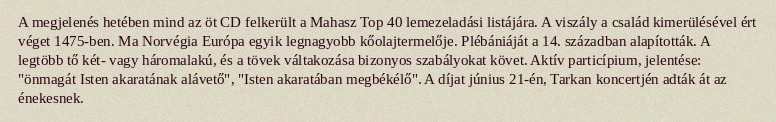
A megjelenés hetében mind az öt CD felkerült a Mahasz Top 40 lemezeladási listájára. A viszály a család kimerülésével ért véget 1475-ben. Ma Norvégia Európa egyik legnagyobb kőolajtermelője. Plébániáját a 14. században alapították. A legtöbb tő két- vagy háromalakú, és a tövek váltakozása bizonyos szabályokat követ. Aktív particípium, jelentése: "önmagát Isten akaratának alávető", "Isten akaratában megbékélő". A díjat június 21-én, Tarkan koncertjén adták át az énekesnek.